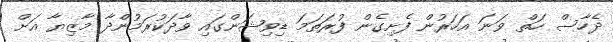
ދެހާސް ހަތް ވަނަ އަހަރުން ފެށިގެން ފުރަތަމަ ޑިވިޝަންގައި ވާދަކުރަމުންދާ މާޒިޔާ އަށް